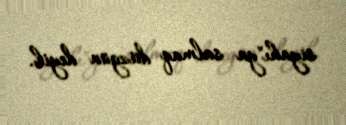
siyahı"ya salmaq düzgün deyil.